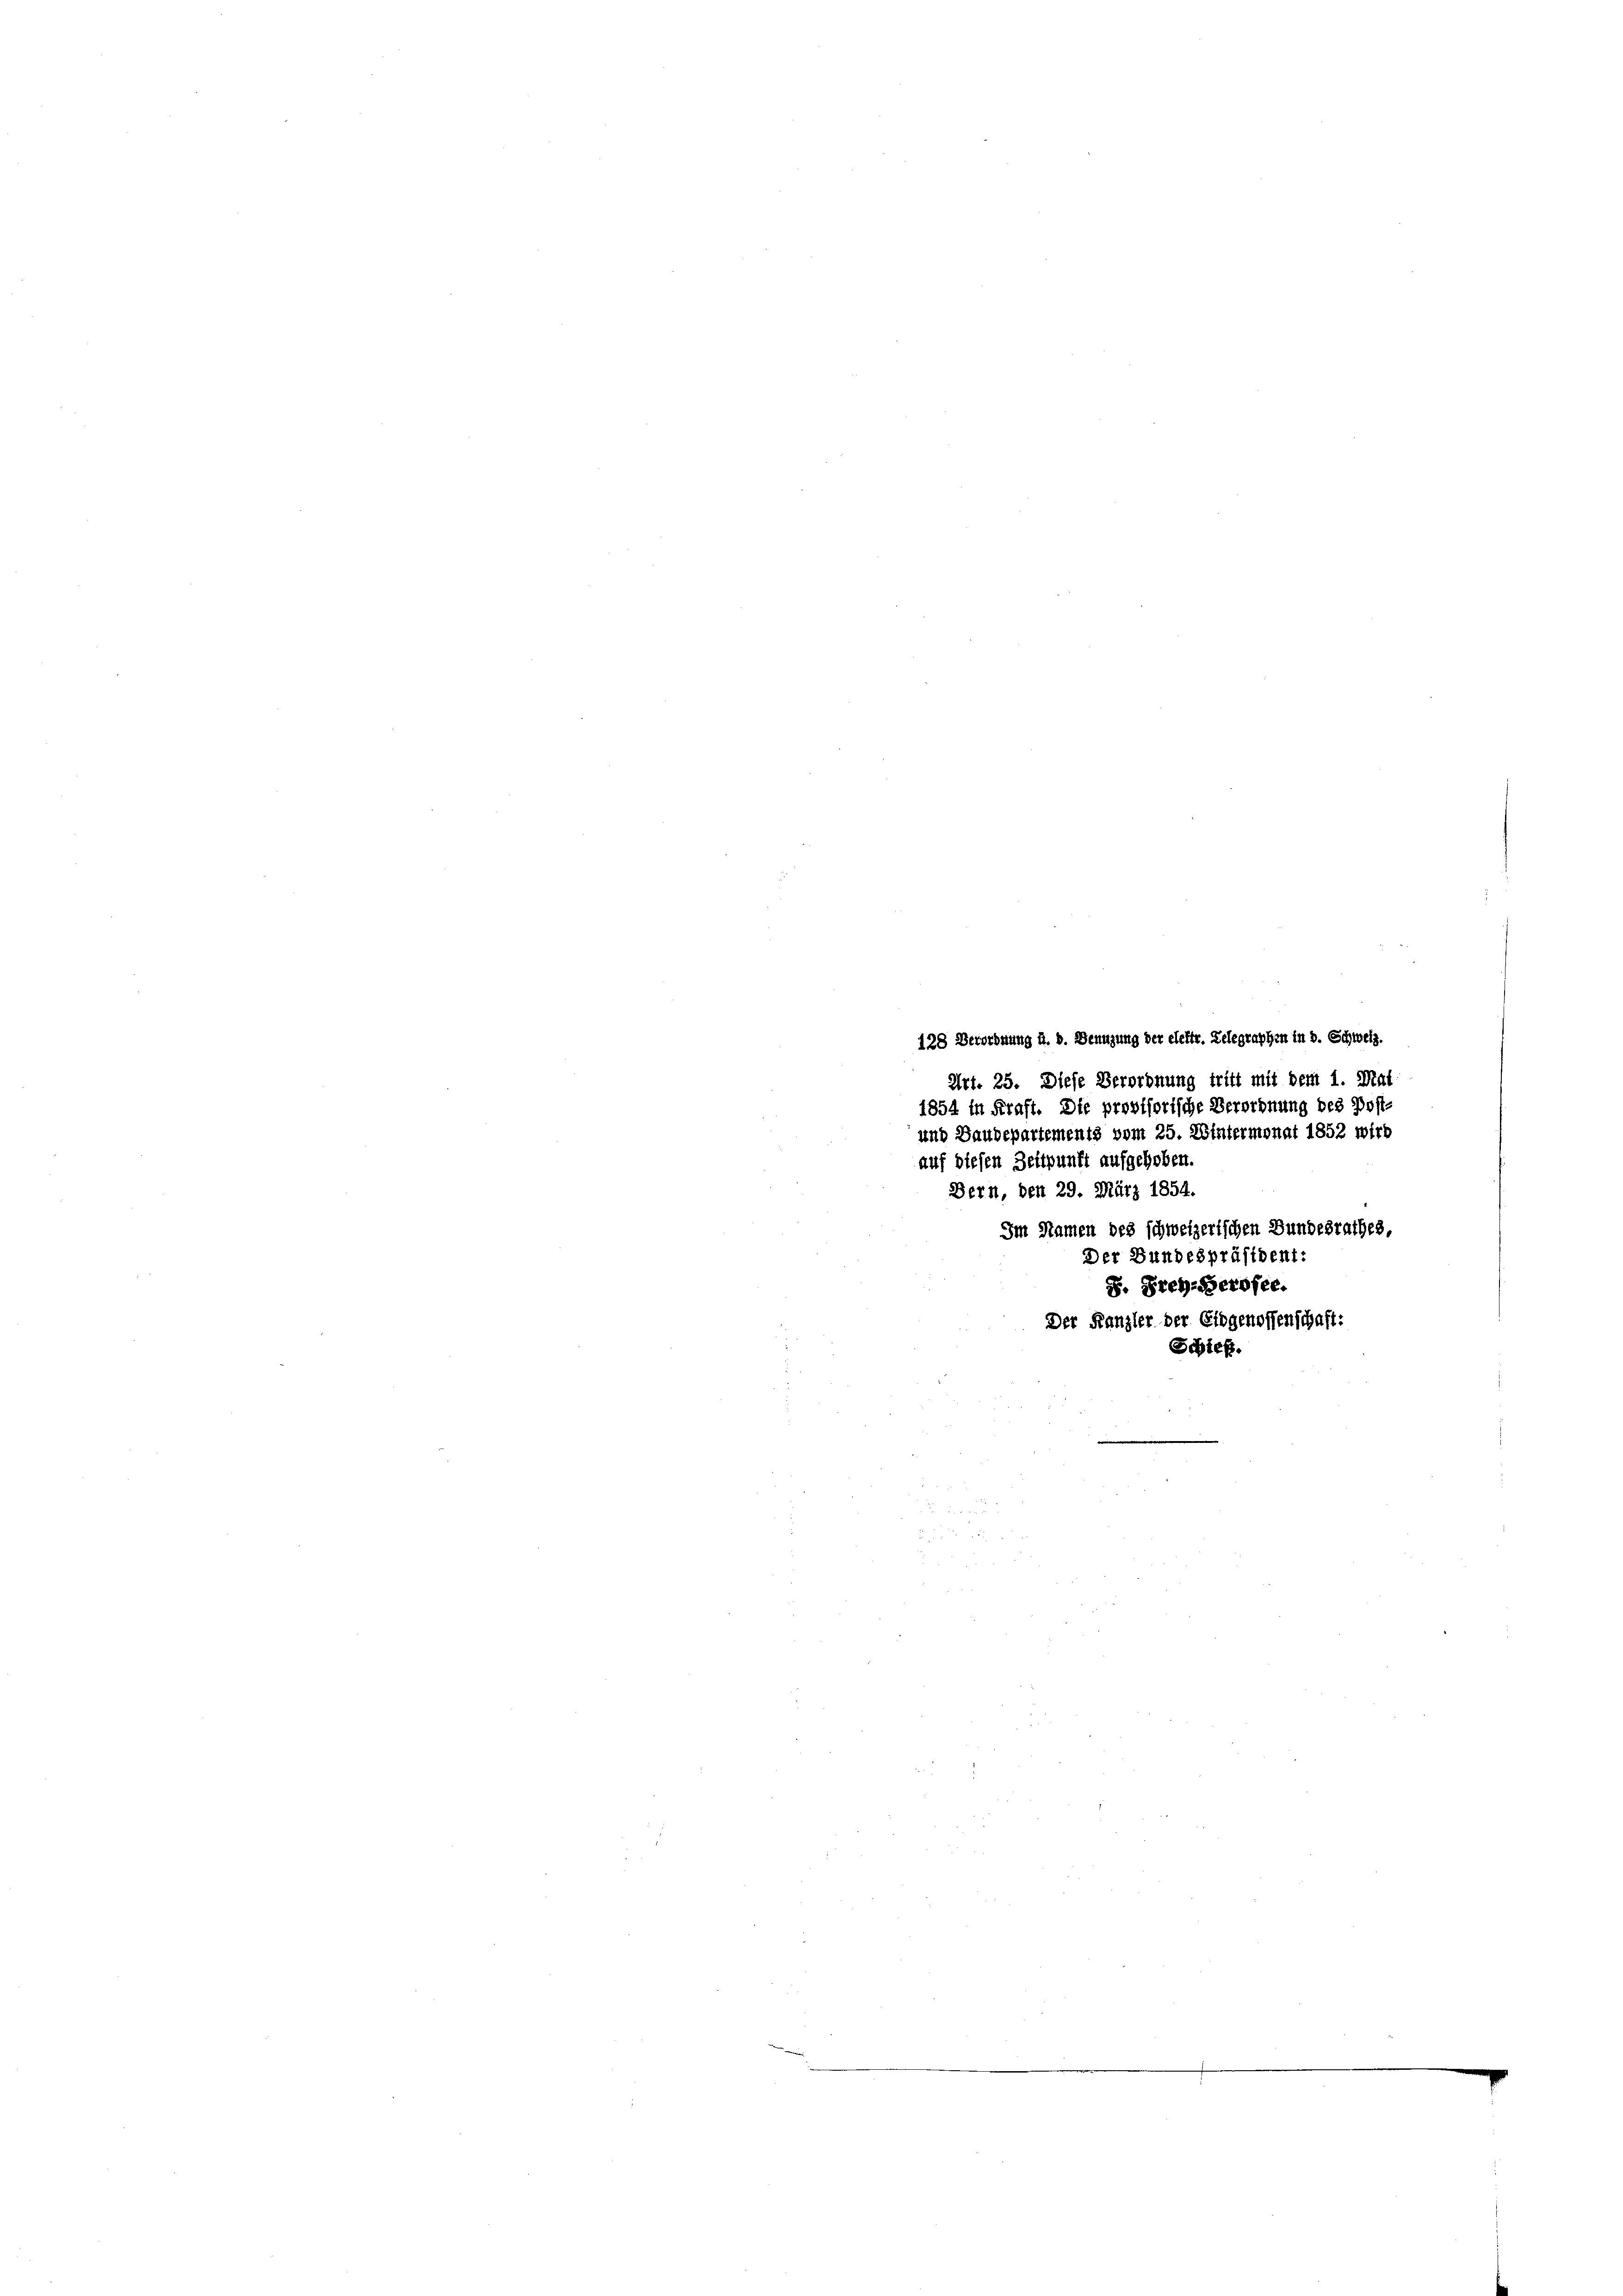
128 Verordnung d. d. Genuzung der elektr. Gelegraphen in d. Schweiz.
Art. 25. Diese Verordnung tritt mit dem 1. Mat
1854 in Kraft. Die provisorische Verordnung des Post-
und Baudepartements vom 25. Wintermonat 1852 wird
auf diesen Zeitpunkt aufgehoben.
Bern, den 29. März 1854.
Im Namen des schweizerischen Bundesrathes,
Der Bundespräsident:
S. Preh-erofee.
Der Kanzler der Eidgenossenschaft:
Schieß.
e